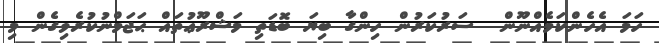
ހަމަ އެހެންކަމެއްނޫން  ސަރުކަރުން ހިންގާ ބިޔަ ބޮޑަތި މަޝްރޫޢުތައް ޙަޖަމްނުކުރެވިގެން މި